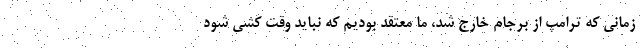
زمانی که ترامپ از برجام خارج شد، ما معتقد بودیم که نباید وقت کشی شود